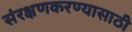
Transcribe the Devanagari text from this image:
संरक्षणकरण्यासाठी